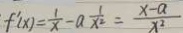
f ^ { \prime } ( x ) = \frac { 1 } { x } - a \frac { 1 } { x ^ { 2 } } = \frac { x - a } { x ^ { 2 } }